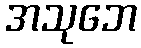
အသုဘေ